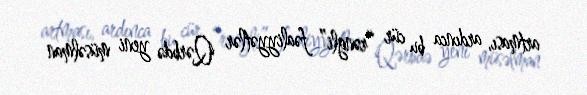
artması, ardınca bu cür “rəngli” fəaliyyətlər Qərbdə yeni müsəlman